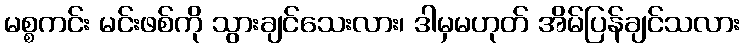
မစ္စကင်း မင်းဖစ်ကို သွားချင်သေးလား၊ ဒါမှမဟုတ် အိမ်ပြန်ချင်သလား